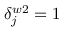
\delta _ { j } ^ { w 2 } = 1